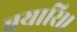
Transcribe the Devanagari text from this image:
बयारि।।